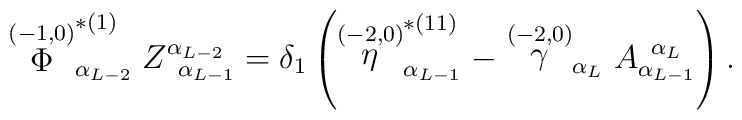
\stackrel{(-1,0)}{\Phi }_{\alpha _{L-2}}^{*(1)}Z_{\;\;\alpha_{L-1}}^{\alpha _{L-2}}=\delta _1\left( \stackrel{(-2,0)}{\eta }_{\alpha_{L-1}}^{*(11)}-\stackrel{(-2,0)}{\gamma }_{\alpha _L}A_{\alpha_{L-1}}^{\;\;\alpha _L}\right) .